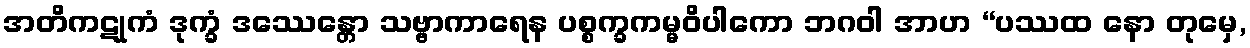
အတိကဋုကံ ဒုက္ခံ ဒဿေန္တော သဗ္ဗာကာရေန ပစ္စက္ခကမ္မဝိပါကော ဘဂဝါ အာဟ “ပဿထ နော တုမှေ,